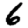
Digit: 6